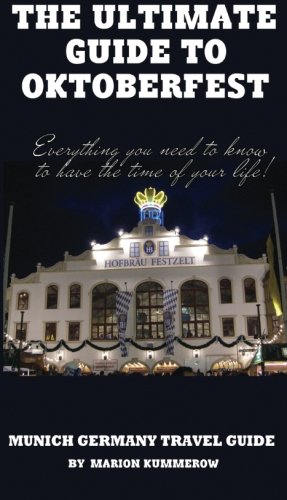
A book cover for The Ultimate Guide to Oktoberfest: Munich Germany Travel Guide; Marion Kummerow; Travel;